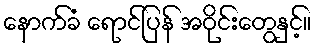
နောက်ခံ ရောင်ပြန် အဝိုင်းတွေနှင့်။